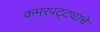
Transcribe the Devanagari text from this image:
कमरपट्ट्याचे